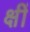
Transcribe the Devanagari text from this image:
क्षीं